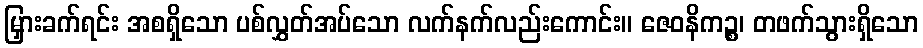
မြှားခက်ရင်း အစရှိသော ပစ်လွှတ်အပ်သော လက်နက်လည်းကောင်း။ ဇေဝနိကဉ္စ၊ တဖက်သွားရှိသော